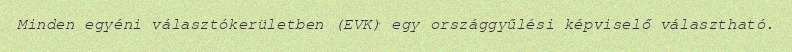
Minden egyéni választókerületben (EVK) egy országgyűlési képviselő választható.